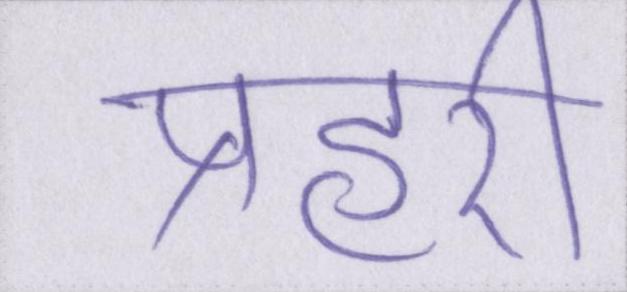
प्रहरी